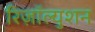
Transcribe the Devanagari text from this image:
रिज़ॉल्युशन